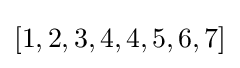
[1,2,3,4,4,5,6,7]